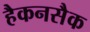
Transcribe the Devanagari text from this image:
हैकनसैक